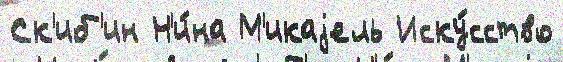
Ск'иб'ин Н'и́на М'икаjель Иску́сство